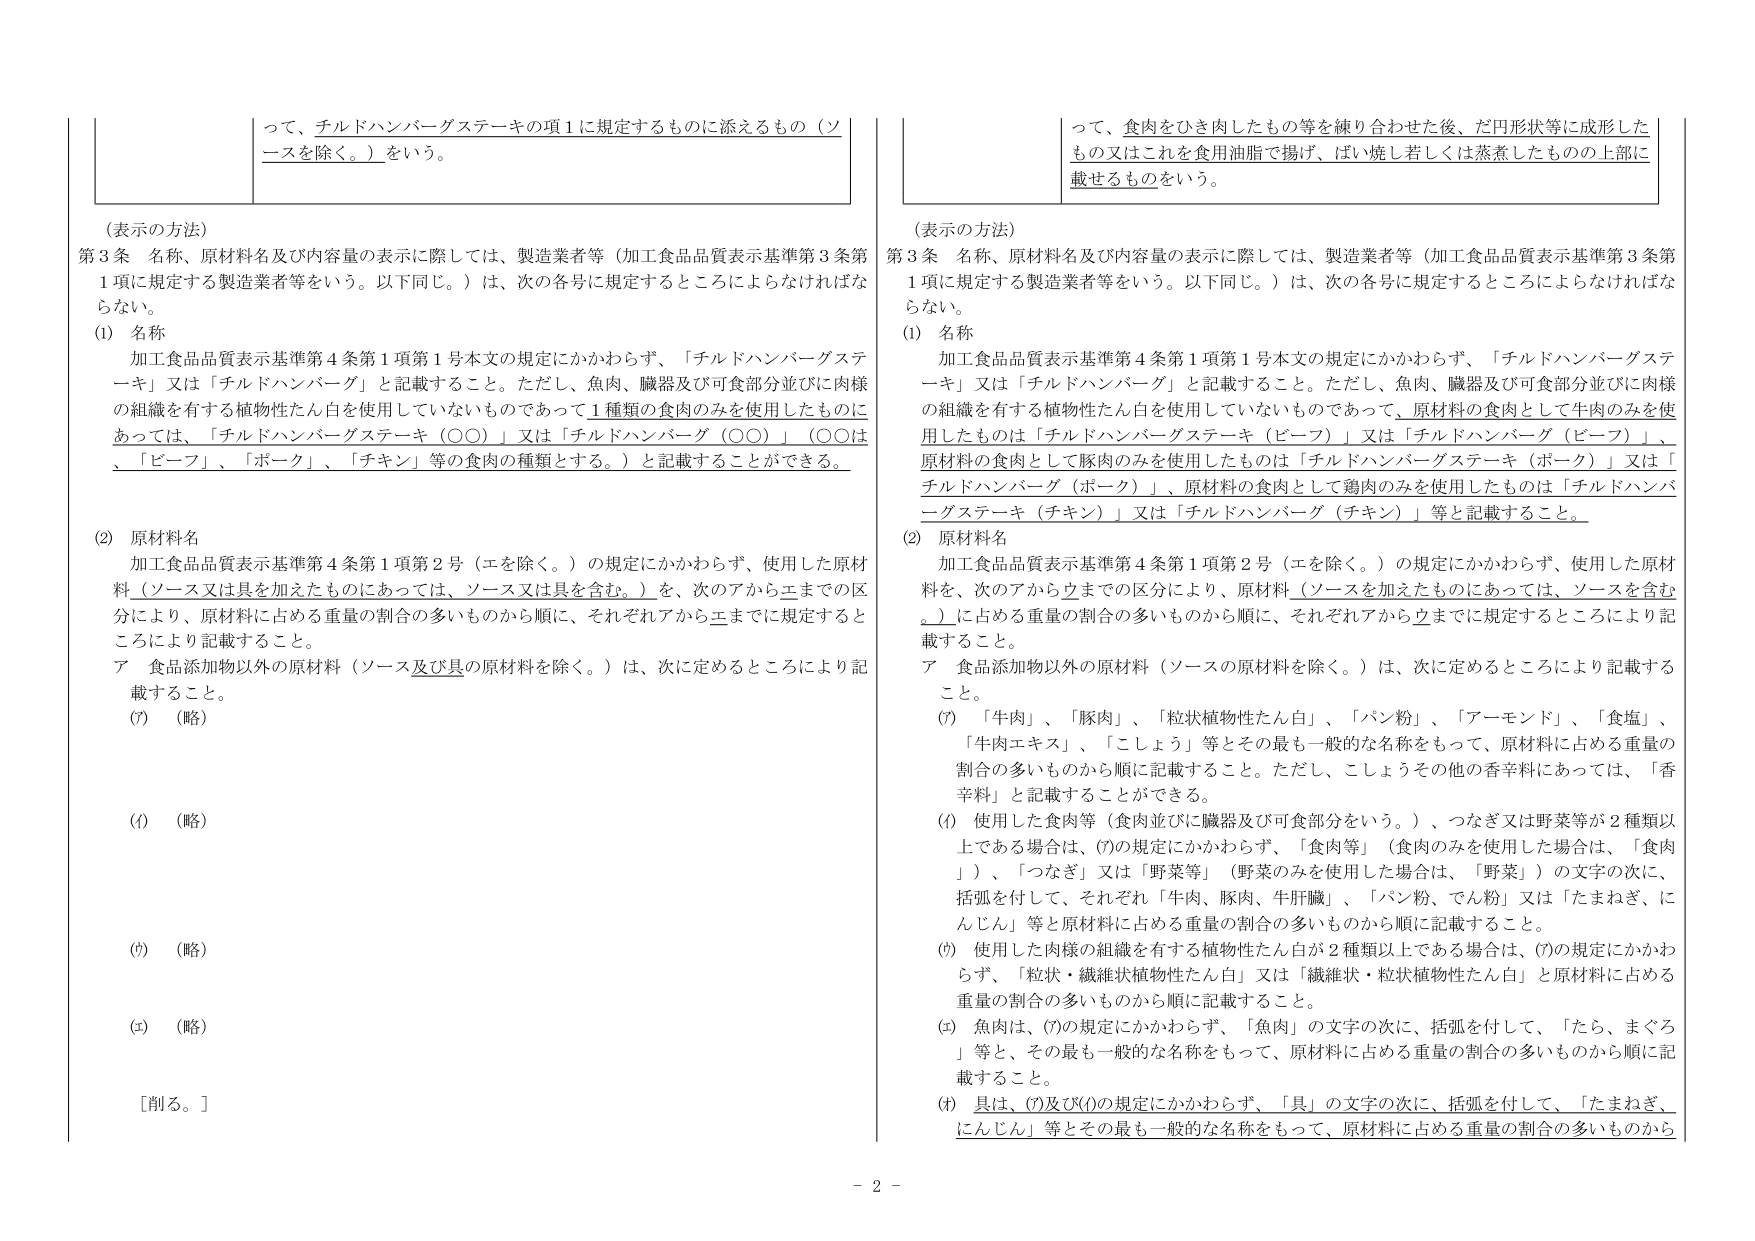
って、チルドハンバーグステーキの項1に規定するものに添えるもの（ソースを除く。）をいう。

（表示の方法）
第3条 名称、原材料名及び内容量の表示に際しては、製造業者等（加工食品品質表示基準第3条第1項に規定する製造業者等をいう。以下同じ。）は、次の各号に規定するところによらなければならな い。
(1) 名称
加工食品品質表示基準第4条第1項第1号本文の規定にかかわらず、「チルドハンバーグステーキ」又は「チルドハンバーグ」と記載すること。ただし、魚肉、臓器及び可食部分並びに肉様の組織を有する植物性たん白を使用していないものであって1種類の食肉のみを使用したものにあっては、「チルドハンバーグステーキ（○○）」又は「チルドハンバーグ（○○）」（○○は、「ビーフ」、「ポーク」、「チキン」等の食肉の種類とする。）と記載することができる。
(2) 原材料名
加工食品品質表示基準第4条第1項第2号（エを除く。）の規定にかかわらず、使用した原材料（ソース又は具を加えたものにあっては、ソース又は具を含む。）を、次のアからエまでの区分により、原材料に占める重量の割合の多いものから順に、それぞれアからエまでに規定するところにより記載すること。
ア 食品添加物以外の原材料（ソース及び具の原材料を除く。）は、次に定めるところにより記載すること。
(ｱ) （略）
(ｲ) （略）
(ｳ) （略）
(ｴ) （略）
［削る。］

って、食肉をひき肉したもの等を練り合わせた後、だ円形状等に成形した もの又はこれを食用油脂で揚げ、ばい焼き若しくは蒸煮したものの上部に 載せるものをいう。

（表示の方法）
第3条 名称、原材料名及び内容量の表示に際しては、製造業者等（加工食品品質表示基準第3条第1項に規定する製造業者等をいう。以下同じ。）は、次の各号に規定するところによらなければな らない。
(1) 名称
加工食品品質表示基準第4条第1項第1号本文の規定にかかわらず、「チルドハンバーグステーキ」又は「チルドハンバーグ」と記載すること。ただし、魚肉、臓器及び可食部分並びに肉様の組織を有する植物性たん白を使用していないものであって、原材料の食肉として牛肉のみを使用したものは「チルドハンバーグステーキ（ビーフ）」又は「チルドハンバーグ（ビーフ）」、原材料の食肉として豚肉のみを使用したものは「チルドハンバーグステーキ（ポーク）」又は「チルドハンバーグ（ポーク）」、原材料の食肉として鶏肉のみを使用したものは「チルドハンバーグステーキ（チキン）」又は「チルドハンバーグ（チキン）」等と記載すること。
(2) 原材料名
加工食品品質表示基準第4条第1項第2号（エを除く。）の規定にかかわらず、使用した原材料を、次のアからウまでの区分により、原材料（ソースを加えたものにあっては、ソースを含む。）に占める重量の割合の多いものから順に、それぞれアからウまでに規定するところにより記載すること。
ア 食品添加物以外の原材料（ソースの原材料を除く。）は、次に定めるところにより記載する こと。
(ｱ) 「牛肉」、「豚肉」、「粒状植物性たん白」、「パン粉」、「アーモンド」、「食塩」、「牛肉エキス」、「こしょう」等とその最も一般的な名称をもって、原材料に占める重量の割合の多いものから順に記載すること。ただし、こしょうその他の香辛料にあっては、「香辛料」と記載することができる。
(ｲ) 使用した食肉等（食肉並びに臓器及び可食部分をいう。）、つなぎ又は野菜等が2種類以上である場合は、(ｱ)の規定にかかわらず、「食肉等」（食肉のみを使用した場合は、「食肉」）、「つなぎ」又は「野菜等」（野菜のみを使用した場合は、「野菜」）の文字の次に、括弧を付して、それぞれ「牛肉、豚肉、牛肝臓」、「パン粉、でん粉」又は「たまねぎ、にんじん」等と原材料に占める重量の割合の多いものから順に記載すること。
(ｳ) 使用した肉様の組織を有する植物性たん白が2種類以上である場合は、(ｱ)の規定にかかわらず、「粒状・繊維状植物性たん白」又は「繊維状・粒状植物性たん白」と原材料に占める重量の割合の多いものから順に記載すること。
(ｴ) 魚肉は、(ｱ)の規定にかかわらず、「魚肉」の文字の次に、括弧を付して、「たら、まぐろ」等と、その最も一般的な名称をもって、原材料に占める重量の割合の多いものから順に記載すること。
(ｵ) 具は、(ｱ)及び(ｲ)の規定にかかわらず、「具」の文字の次に、括弧を付して、「たまねぎ、にんじん」等とその最も一般的な名称をもって、原材料に占める重量の割合の多いものから

- 2 -